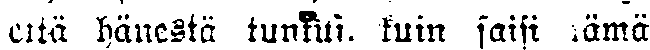
että hänestä tuntui, kuin saisi nämä